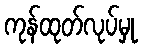
ကုန်ထုတ်လုပ်မှု